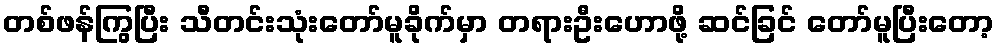
တစ်ဖန်ကြွပြီး သီတင်းသုံးတော်မူခိုက်မှာ တရားဦးဟောဖို့ ဆင်ခြင် တော်မူပြီးတော့